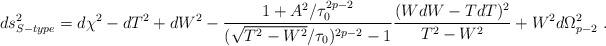
LaTeX: \begin{align*}ds^2_{S-type} = d\chi^2 - dT^2 + dW^2 -\frac{1+A^2/\tau_0^{2p-2}}{(\sqrt{T^2-W^2}/\tau_0)^{2p-2} -1}\frac{(WdW-TdT)^2}{T^2-W^2} + W^2 d\Omega^2_{p-2} \ .\end{align*}